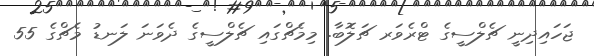
ޖަހައިދިނީ ޗެލްސީގެ ޓްރެވަރ ޗަލޮބާ. މިމެޗްގައި ޗެލްސީގެ ދެވަނަ ލަނޑު މެޗްގެ 55